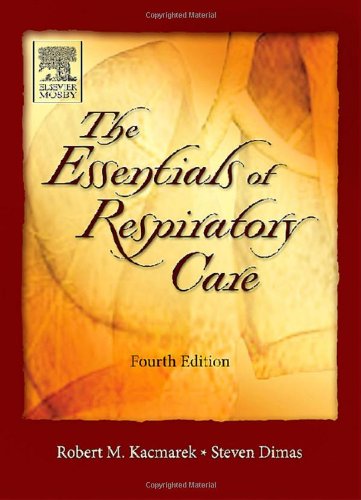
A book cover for Essentials of Respiratory Care; Robert Kacmarek; Medical Books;